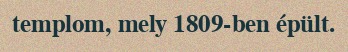
templom, mely 1809-ben épült.